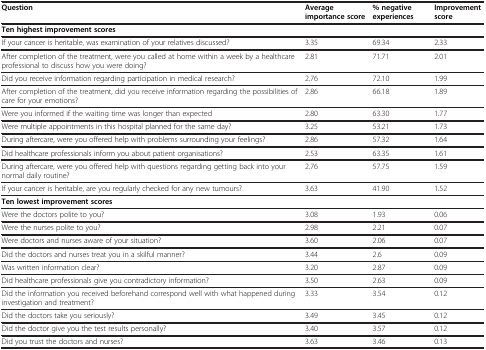
<table><thead><tr><td><b>Question</b></td><td><b>Average importance score</b></td><td><b>% negative experiences</b></td><td><b>Improvement score</b></td></tr></thead><tbody><tr><td colspan="4"><b>Ten highest improvement scores</b></td></tr><tr><td>If your cancer is heritable, was examination of your relatives discussed?</td><td>3.35</td><td>69.34</td><td>2.33</td></tr><tr><td>After completion of the treatment, were you called at home within a week by a healthcare professional to discuss how you were doing?</td><td>2.81</td><td>71.71</td><td>2.01</td></tr><tr><td>Did you receive information regarding participation in medical research?</td><td>2.76</td><td>72.10</td><td>1.99</td></tr><tr><td>After completion of the treatment, did you receive information regarding the possibilities of care for your emotions?</td><td>2.86</td><td>66.18</td><td>1.89</td></tr><tr><td>Were you informed if the waiting time was longer than expected</td><td>2.80</td><td>63.30</td><td>1.77</td></tr><tr><td>Were multiple appointments in this hospital planned for the same day?</td><td>3.25</td><td>53.21</td><td>1.73</td></tr><tr><td>During aftercare, were you offered help with problems surrounding your feelings?</td><td>2.86</td><td>57.32</td><td>1.64</td></tr><tr><td>Did healthcare professionals inform you about patient organisations?</td><td>2.53</td><td>63.35</td><td>1.61</td></tr><tr><td>During aftercare, were you offered help with questions regarding getting back into your normal daily routine?</td><td>2.76</td><td>57.75</td><td>1.59</td></tr><tr><td>If your cancer is heritable, are you regularly checked for any new tumours?</td><td>3.63</td><td>41.90</td><td>1.52</td></tr><tr><td colspan="4"><b>Ten lowest improvement scores</b></td></tr><tr><td>Were the doctors polite to you?</td><td>3.08</td><td>1.93</td><td>0.06</td></tr><tr><td>Were the nurses polite to you?</td><td>2.98</td><td>2.21</td><td>0.07</td></tr><tr><td>Were doctors and nurses aware of your situation?</td><td>3.60</td><td>2.06</td><td>0.07</td></tr><tr><td>Did the doctors and nurses treat you in a skilful manner?</td><td>3.44</td><td>2.6</td><td>0.09</td></tr><tr><td>Was written information clear?</td><td>3.20</td><td>2.87</td><td>0.09</td></tr><tr><td>Did healthcare professionals give you contradictory information?</td><td>3.50</td><td>2.63</td><td>0.09</td></tr><tr><td>Did the information you received beforehand correspond well with what happened during investigation and treatment?</td><td>3.33</td><td>3.54</td><td>0.12</td></tr><tr><td>Did the doctors take you seriously?</td><td>3.49</td><td>3.45</td><td>0.12</td></tr><tr><td>Did the doctor give you the test results personally?</td><td>3.40</td><td>3.57</td><td>0.12</td></tr><tr><td>Did you trust the doctors and nurses?</td><td>3.63</td><td>3.46</td><td>0.13</td></tr></tbody></table>